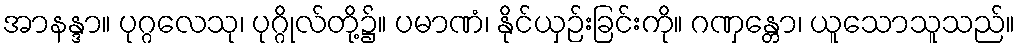
အာနန္ဒာ။ ပုဂ္ဂလေသု၊ ပုဂ္ဂိုလ်တို့၌။ ပမာဏံ၊ နိုင်ယှဉ်းခြင်းကို။ ဂဏှန္တော၊ ယူသောသူသည်။